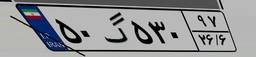
۵۷گ۵۰۹۲۲